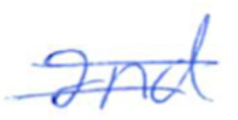
Text: and
Cross-out: double-line
Writing tool: ballpoint